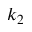
k _ { 2 }